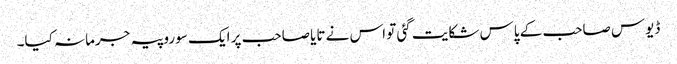
ڈیوس صاحب کے پاس شکایت گئی تو اس نے تایا صاحب پر ایک سو روپیہ جرمانہ کیا۔